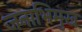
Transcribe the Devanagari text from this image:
जनाभिमुख